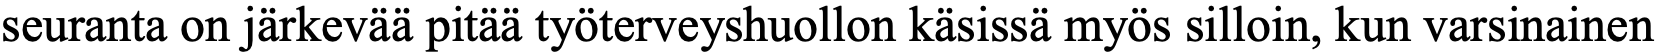
seuranta on järkevää pitää työterveyshuollon käsissä myös silloin, kun varsinainen